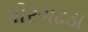
ગીરગઢડા